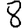
Digit: 8